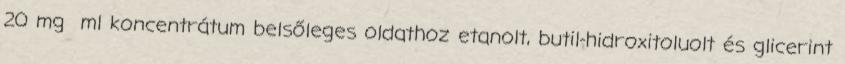
20 mg ml koncentrátum belsőleges oldathoz etanolt, butil-hidroxitoluolt és glicerint